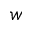
w